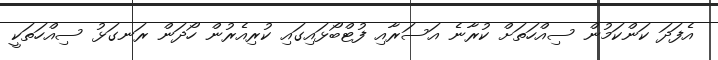
އެފަދަ ކަންކަމުން ސިއްހަތަށް ކުރާނެ އަސަރާއި ފުޓްބޯޅައިގައި ކުރިއެރުން ހޯދަން ރަނގަޅު ސިއްހަތަކީ